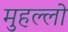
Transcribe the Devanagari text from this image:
मुहल्लो